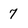
Character: 7